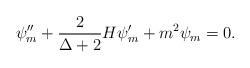
\begin{align*}\psi''_{m} +\frac{2}{\Delta+2} H \psi'_{m} + m^{2} \psi_{m} = 0.\end{align*}